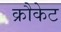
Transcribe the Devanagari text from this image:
क्रौकेट